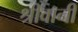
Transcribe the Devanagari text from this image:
श्रीवानी